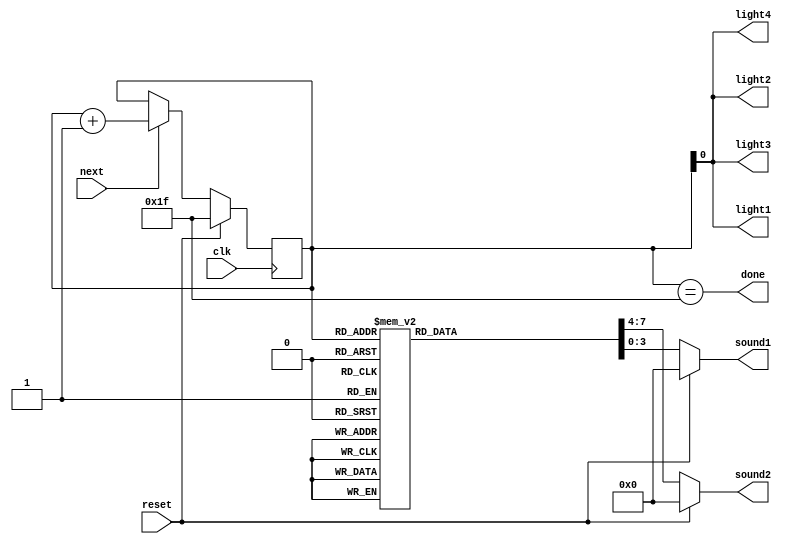
module game_win_anim(input clk, next, reset, output reg [3:0] sound1, sound2, output light1, light2, light3, light4, done);
	
	reg [4:0] state, nState;
	
	parameter A    = 4'b0000;
	parameter B    = 4'b0001;
	parameter C_s  = 4'b0010;
	parameter D    = 4'b0011;
	parameter E    = 4'b0100;
	parameter F_s  = 4'b0101;
	parameter G_s  = 4'b0110;
	parameter A2   = 4'b0111;
	parameter B2   = 4'b1000;
	parameter C_s2 = 4'b1001;
	parameter D2   = 4'b1010;
	parameter E2   = 4'b1011;
	parameter F_s2 = 4'b1100;
	parameter G_s2 = 4'b1101;
	parameter A3   = 4'b1110;
	
	initial begin
		state <= 5'b11111;
		sound1 <= 4'b0000;
		sound2 <= 4'b0000;
	end
	
	always @ (negedge clk) begin
		
		state <= nState;
	
	end
	
	always @ (*) begin
		
		if (~reset) begin
			
			if (next)
				nState = state + 5'b00001;
			else
				nState = state;
			
			case (state)
				5'b00000: begin          // MEASURE 1
					sound1 = A2;
					sound2 = C_s;
				end 
				5'b00001: begin
					sound1 = A2;
					sound2 = C_s;
				end 
				5'b00010: begin
					sound1 = G_s;
					sound2 = D;
				end 
				5'b00011: begin
					sound1 = F_s;
					sound2 = E;
				end 
				5'b00100: begin          // MEASURE 2
					sound1 = F_s;
					sound2 = D;
				end 
				5'b00101: begin
					sound1 = F_s;
					sound2 = D;
				end 
				5'b00110: begin
					sound1 = E;
					sound2 = B;
				end 
				5'b00111: begin
					sound1 = E;
					sound2 = B;
				end 
				5'b01000: begin          // MEASURE 3
					sound1 = A2;
					sound2 = A;
				end 
				5'b01001: begin
					sound1 = A2;
					sound2 = E;
				end 
				5'b01010: begin
					sound1 = B2;
					sound2 = G_s;
				end 
				5'b01011: begin
					sound1 = B2;
					sound2 = E;
				end 
				5'b01100: begin          // MEASURE 4
					sound1 = C_s2;
					sound2 = A2;
				end 
				5'b01101: begin
					sound1 = C_s2;
					sound2 = G_s;
				end 
				5'b01110: begin
					sound1 = C_s2;
					sound2 = F_s;
				end 
				5'b01111: begin
					sound1 = C_s2;
					sound2 = E;
				end 
				5'b10000: begin          // MEASURE 5
					sound1 = B2;
					sound2 = D;
				end 
				5'b10001: begin
					sound1 = B2;
					sound2 = C_s;
				end 
				5'b10010: begin
					sound1 = C_s2;
					sound2 = D;
				end 
				5'b10011: begin
					sound1 = D2;
					sound2 = A;
				end 
				5'b10100: begin         // MEASURE 6
					sound1 = E2;
					sound2 = C_s;
				end 
				5'b10101: begin
					sound1 = E2;
					sound2 = B;
				end 
				5'b10110: begin
					sound1 = C_s2;
					sound2 = A;
				end 
				5'b10111: begin
					sound1 = C_s2;
					sound2 = C_s;
				end 
				5'b11000: begin         // MEASURE 7
					sound1 = B2;
					sound2 = B;
				end 
				5'b11001: begin
					sound1 = B2;
					sound2 = C_s;
				end 
				5'b11010: begin
					sound1 = F_s;
					sound2 = D;
				end 
				5'b11011: begin
					sound1 = C_s2;
					sound2 = B;
				end 
				5'b11100: begin         //MEASURE 8
					sound1 = B2;
					sound2 = E;
				end 
				5'b11101: begin
					sound1 = B2;
					sound2 = D;
				end 
				5'b11110: begin
					sound1 = B2;
					sound2 = C_s;
				end 
				5'b11111: begin
					sound1 = B2;
					sound2 = B;
				end 
			endcase
			
		end
		else begin
			nState = 5'b11111;
			sound1 = 4'b0000;
			sound2 = 4'b0000;
		end
		
	end
	
	assign light1 = state[0];
	assign light2 = state[0];
	assign light3 = state[0];
	assign light4 = state[0];
	
	assign done = (state == 5'b11111);

endmodule